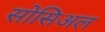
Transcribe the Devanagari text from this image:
सोसिअल